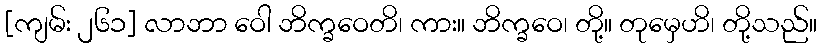
[ကျမ်း ၂၆၁] လာဘာ ဝေါ ဘိက္ခဝေတိ၊ ကား။ ဘိက္ခဝေ၊ တို့။ တုမှေဟိ၊ တို့သည်။